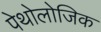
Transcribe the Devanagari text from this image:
पेथोलोजिक